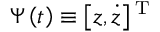
\boldsymbol { \Psi } \left( t \right) \equiv \left[ z , \dot { z } \right] { } ^ { \mathrm { T } }